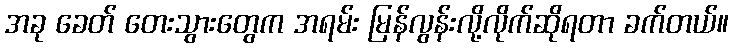
အခု ခေတ် တေးသွားတွေက အရမ်း မြန်လွန်းလို့လိုက်ဆိုရတာ ခက်တယ်။